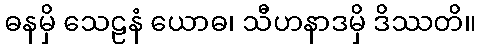
ဓနမှိ သေဠနံ ယောဓ၊ သီဟနာဒမှိ ဒိဿတိ။